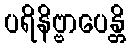
ပရိနိဗ္ဗာပေန္တိ